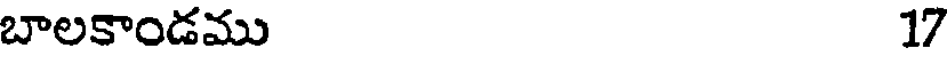
బాలకాండము 17